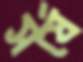
সর্ষে